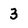
Character: 3